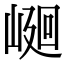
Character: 𡹯